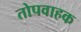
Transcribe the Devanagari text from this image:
तोपवाहक